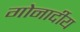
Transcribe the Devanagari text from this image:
गोनार्दीय